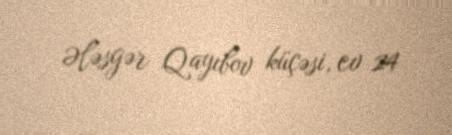
Ələsgər Qayıbov küçəsi, ev 24